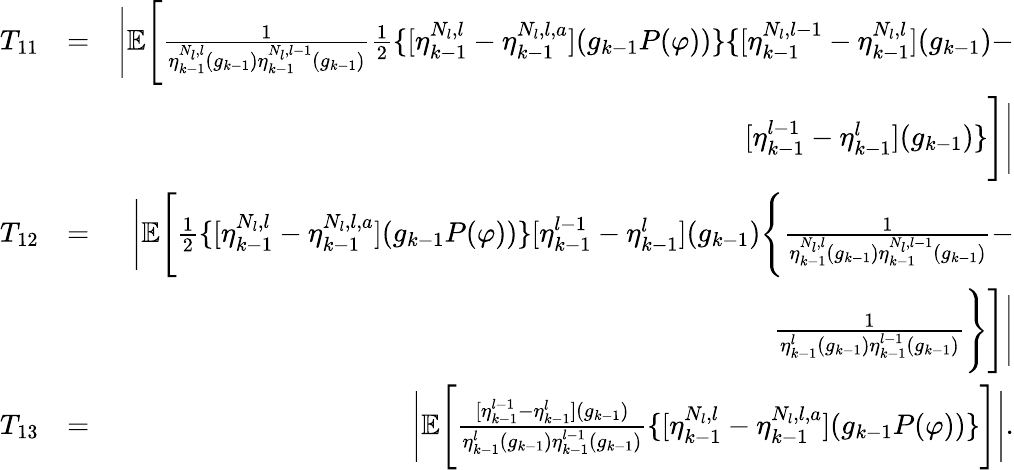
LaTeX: \begin{array}{rlr}{T_{11}}&{=}&{\Bigg|\mathbb{E}\Bigg[\frac{1}{\eta_{k-1}^{N_{l},l}(g_{k-1})\eta_{k-1}^{N_{l},l-1}(g_{k-1})}\frac{1}{2}\{ [\eta_{k-1}^{N_{l},l}-\eta_{k-1}^{N_{l},l,a}](g_{k-1}P(\varphi))\} \{ [\eta_{k-1}^{N_{l},l-1}-\eta_{k-1}^{N_{l},l}](g_{k-1})-}\\ &{}&{[\eta_{k-1}^{l-1}-\eta_{k-1}^{l}](g_{k-1})\} \Bigg]\Bigg|}\\ {T_{12}}&{=}&{\Bigg|\mathbb{E}\Bigg[\frac{1}{2}\{ [\eta_{k-1}^{N_{l},l}-\eta_{k-1}^{N_{l},l,a}](g_{k-1}P(\varphi))\} [\eta_{k-1}^{l-1}-\eta_{k-1}^{l}](g_{k-1})\Bigg\{ \frac{1}{\eta_{k-1}^{N_{l},l}(g_{k-1})\eta_{k-1}^{N_{l},l-1}(g_{k-1})}-}\\ &{}&{\frac{1}{\eta_{k-1}^{l}(g_{k-1})\eta_{k-1}^{l-1}(g_{k-1})}\Bigg\} \Bigg]\Bigg|}\\ {T_{13}}&{=}&{\Bigg|\mathbb{E}\Bigg[\frac{[\eta_{k-1}^{l-1}-\eta_{k-1}^{l}](g_{k-1})}{\eta_{k-1}^{l}(g_{k-1})\eta_{k-1}^{l-1}(g_{k-1})}\{ [\eta_{k-1}^{N_{l},l}-\eta_{k-1}^{N_{l},l,a}](g_{k-1}P(\varphi))\} \Bigg]\Bigg|.}\end{array}